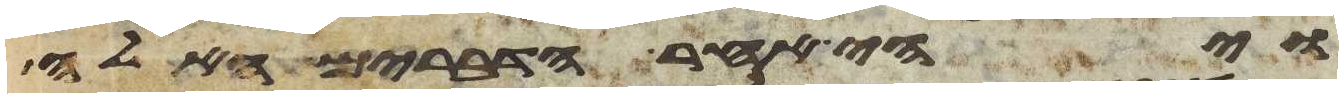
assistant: ויהי אחר הדברים האלה